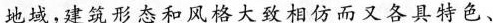
地域，建筑形态和风格大致相仿而又各具特色、